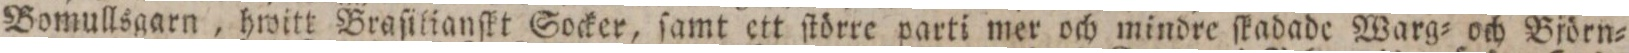
Bomullsgarn, hwitt Braſilianſkt Socker, ſamt ett ſtörre parti mer och mindre ſkadade Warg= och Björn=